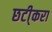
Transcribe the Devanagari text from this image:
छटी्करा